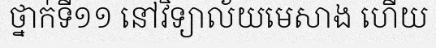
ថ្នាក់ទី១១ នៅវិទ្យាល័យមេសាង ហើយ